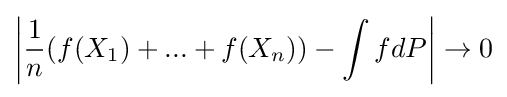
\left|{\frac {1}{n}}(f(X_{1})+...+f(X_{n}))-\int fdP\right|\to 0